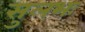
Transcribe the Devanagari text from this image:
सुलभः